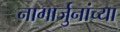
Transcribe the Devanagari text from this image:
नागार्जुनांच्या